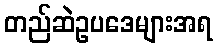
တည်ဆဲဥပဒေများအရ